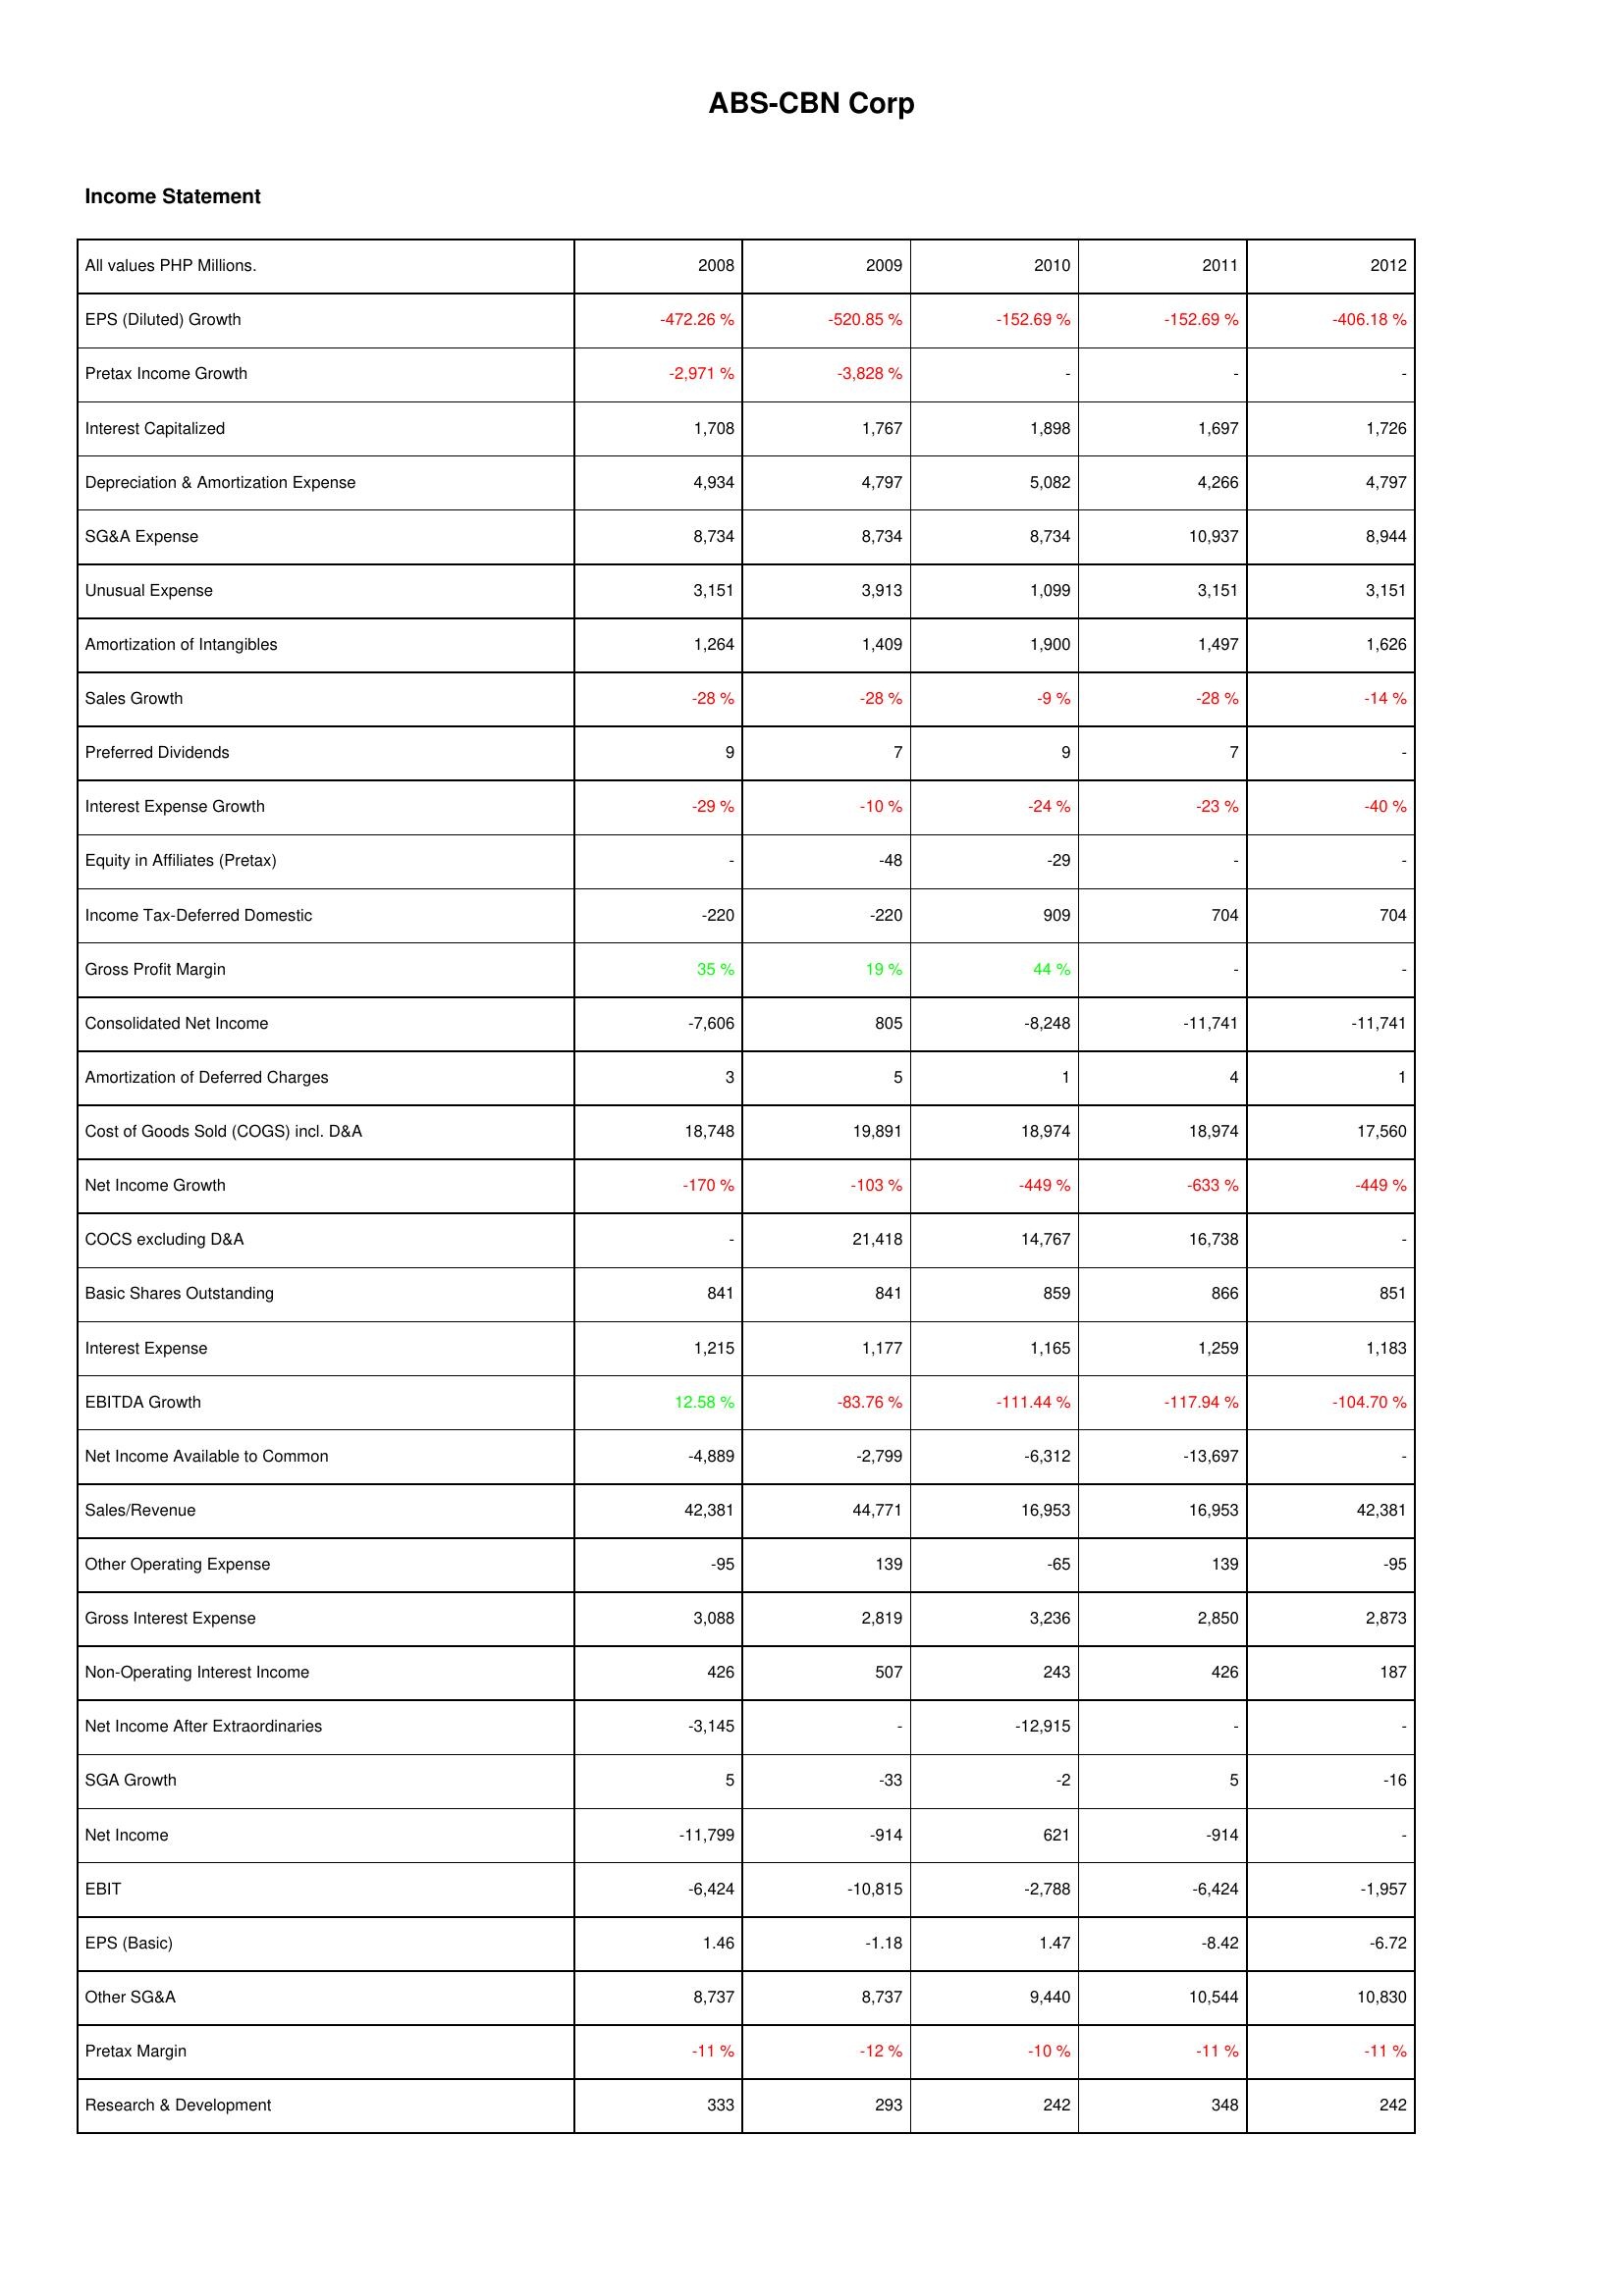
2008: Income Statement: EPS (Diluted) Growth: -472.26 %
Pretax Income Growth: -2,971 %
Interest Capitalized: 1,708
Depreciation & Amortization Expense: 4,934
SG&A Expense: 8,734
Unusual Expense: 3,151
Amortization of Intangibles: 1,264
Sales Growth: -28 %
Preferred Dividends: 9
Interest Expense Growth: -29 %
Equity in Affiliates (Pretax): -
Income Tax-Deferred Domestic: -220
Gross Profit Margin: 35 %
Consolidated Net Income: -7,606
Amortization of Deferred Charges: 3
Cost of Goods Sold (COGS) incl. D&A: 18,748
Net Income Growth: -170 %
COCS excluding D&A: -
Basic Shares Outstanding: 841
Interest Expense: 1,215
EBITDA Growth: 12.58 %
Net Income Available to Common: -4,889
Sales/Revenue: 42,381
Other Operating Expense: -95
Gross Interest Expense: 3,088
Non-Operating Interest Income: 426
Net Income After Extraordinaries: -3,145
SGA Growth: 5
Net Income: -11,799
EBIT: -6,424
EPS (Basic): 1.46
Other SG&A: 8,737
Pretax Margin: -11 %
Research & Development: 333
2009: Income Statement: EPS (Diluted) Growth: -520.85 %
Pretax Income Growth: -3,828 %
Interest Capitalized: 1,767
Depreciation & Amortization Expense: 4,797
SG&A Expense: 8,734
Unusual Expense: 3,913
Amortization of Intangibles: 1,409
Sales Growth: -28 %
Preferred Dividends: 7
Interest Expense Growth: -10 %
Equity in Affiliates (Pretax): -48
Income Tax-Deferred Domestic: -220
Gross Profit Margin: 19 %
Consolidated Net Income: 805
Amortization of Deferred Charges: 5
Cost of Goods Sold (COGS) incl. D&A: 19,891
Net Income Growth: -103 %
COCS excluding D&A: 21,418
Basic Shares Outstanding: 841
Interest Expense: 1,177
EBITDA Growth: -83.76 %
Net Income Available to Common: -2,799
Sales/Revenue: 44,771
Other Operating Expense: 139
Gross Interest Expense: 2,819
Non-Operating Interest Income: 507
Net Income After Extraordinaries: -
SGA Growth: -33
Net Income: -914
EBIT: -10,815
EPS (Basic): -1.18
Other SG&A: 8,737
Pretax Margin: -12 %
Research & Development: 293
2010: Income Statement: EPS (Diluted) Growth: -152.69 %
Pretax Income Growth: -
Interest Capitalized: 1,898
Depreciation & Amortization Expense: 5,082
SG&A Expense: 8,734
Unusual Expense: 1,099
Amortization of Intangibles: 1,900
Sales Growth: -9 %
Preferred Dividends: 9
Interest Expense Growth: -24 %
Equity in Affiliates (Pretax): -29
Income Tax-Deferred Domestic: 909
Gross Profit Margin: 44 %
Consolidated Net Income: -8,248
Amortization of Deferred Charges: 1
Cost of Goods Sold (COGS) incl. D&A: 18,974
Net Income Growth: -449 %
COCS excluding D&A: 14,767
Basic Shares Outstanding: 859
Interest Expense: 1,165
EBITDA Growth: -111.44 %
Net Income Available to Common: -6,312
Sales/Revenue: 16,953
Other Operating Expense: -65
Gross Interest Expense: 3,236
Non-Operating Interest Income: 243
Net Income After Extraordinaries: -12,915
SGA Growth: -2
Net Income: 621
EBIT: -2,788
EPS (Basic): 1.47
Other SG&A: 9,440
Pretax Margin: -10 %
Research & Development: 242
2011: Income Statement: EPS (Diluted) Growth: -152.69 %
Pretax Income Growth: -
Interest Capitalized: 1,697
Depreciation & Amortization Expense: 4,266
SG&A Expense: 10,937
Unusual Expense: 3,151
Amortization of Intangibles: 1,497
Sales Growth: -28 %
Preferred Dividends: 7
Interest Expense Growth: -23 %
Equity in Affiliates (Pretax): -
Income Tax-Deferred Domestic: 704
Gross Profit Margin: -
Consolidated Net Income: -11,741
Amortization of Deferred Charges: 4
Cost of Goods Sold (COGS) incl. D&A: 18,974
Net Income Growth: -633 %
COCS excluding D&A: 16,738
Basic Shares Outstanding: 866
Interest Expense: 1,259
EBITDA Growth: -117.94 %
Net Income Available to Common: -13,697
Sales/Revenue: 16,953
Other Operating Expense: 139
Gross Interest Expense: 2,850
Non-Operating Interest Income: 426
Net Income After Extraordinaries: -
SGA Growth: 5
Net Income: -914
EBIT: -6,424
EPS (Basic): -8.42
Other SG&A: 10,544
Pretax Margin: -11 %
Research & Development: 348
2012: Income Statement: EPS (Diluted) Growth: -406.18 %
Pretax Income Growth: -
Interest Capitalized: 1,726
Depreciation & Amortization Expense: 4,797
SG&A Expense: 8,944
Unusual Expense: 3,151
Amortization of Intangibles: 1,626
Sales Growth: -14 %
Preferred Dividends: -
Interest Expense Growth: -40 %
Equity in Affiliates (Pretax): -
Income Tax-Deferred Domestic: 704
Gross Profit Margin: -
Consolidated Net Income: -11,741
Amortization of Deferred Charges: 1
Cost of Goods Sold (COGS) incl. D&A: 17,560
Net Income Growth: -449 %
COCS excluding D&A: -
Basic Shares Outstanding: 851
Interest Expense: 1,183
EBITDA Growth: -104.70 %
Net Income Available to Common: -
Sales/Revenue: 42,381
Other Operating Expense: -95
Gross Interest Expense: 2,873
Non-Operating Interest Income: 187
Net Income After Extraordinaries: -
SGA Growth: -16
Net Income: -
EBIT: -1,957
EPS (Basic): -6.72
Other SG&A: 10,830
Pretax Margin: -11 %
Research & Development: 242